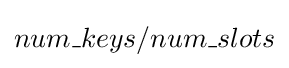
num\_keys/num\_slots